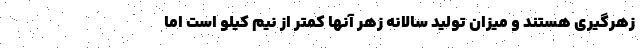
زهرگیری هستند و میزان تولید سالانه زهر آنها کمتر از نیم کیلو است اما